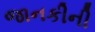
જાનકીની